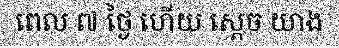
ពេល ៧ ថ្ងៃ ហើយ ស្តេច យាង